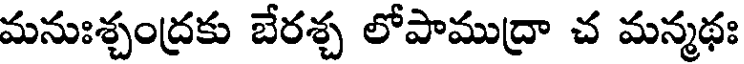
మనుఃశ్చంద్రకు బేరశ్చ లోపాముద్రా చ మన్మథః